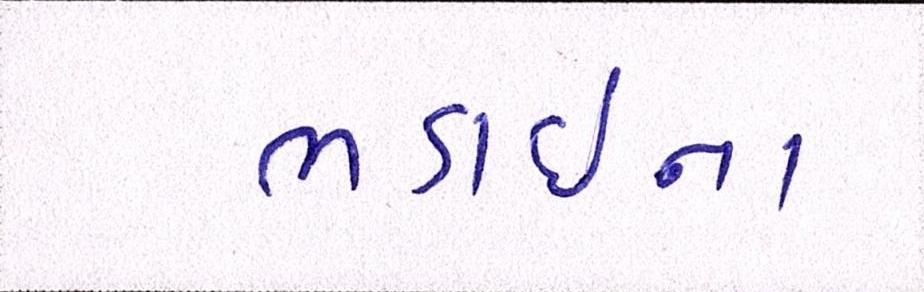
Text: ભડાઈના